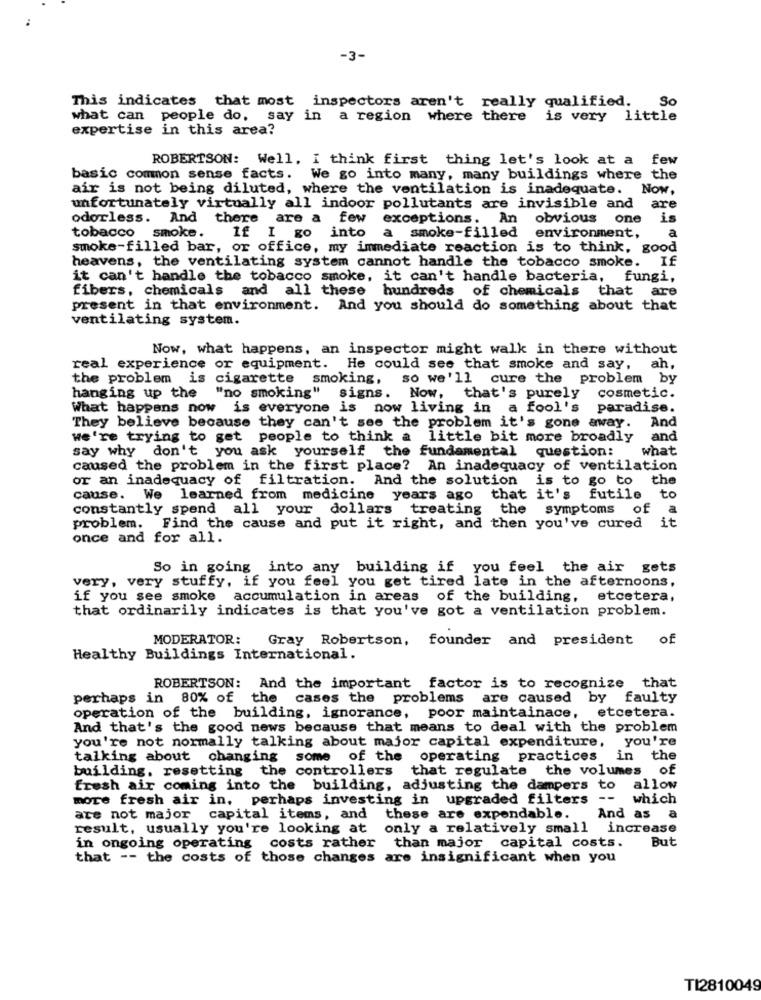
-3-
This indicates that most inspectors aren't really qualified.
So
what can people do, say in a region where there is very little
expertise in this area?
ROBERTSON: Well, I think first thing let's look at a few
basic common sense facts. We go into many, many buildings where the
air is not being diluted, where the ventilation is inadequate. Now,
unfortunately virtually all indoor pollutants are invisible and are
odorless. And there are a few exceptions. An obvious one is
tobacco smoke.
a
If I go into a smoke-filled environment,
smoke-filled bar, or office, my immediate reaction is to think, good
heavens, the ventilating system cannot handle the tobacco smoke. If
it can't handle the tobacco smoke, it can't handle bacteria, fungi,
fibers, chemicals and all these hundreds of chemicals that are
present in that environment. And you should do something about that
ventilating system.
Now, what happens, an inspector might walk in there without
real experience or equipment. He could see that smoke and say, ah,
the problem is cigarette smoking, so we'll cure the problem by
hanging up the "no smoking"
signs. Now, that's purely
cosmetic.
What happens now is everyone is now living in a fool's paradise.
They believe because they can't see the problem it's gone away. And
we're trying to get people to think a little bit more broadly and
say why don't you ask yourself the fundamental question:
what
caused the problem in the first place? An inadequacy of ventilation
or an inadequacy of filtration. And the solution is to go to the
cause. We learned from medicine years ago that it's
futile
to
constantly spend all your dollars treating the symptoms of
a
problem. Find the cause and put it right, and then you've cured it
once and for all.
So in going into any building if you feel the air gets
very, very stuffy, if you feel you get tired late in the afternoons,
if you see smoke accumulation in areas of the building, etcetera,
that ordinarily indicates is that you've got a ventilation problem.
MODERATOR: Gray Robertson, founder and president of
Healthy Buildings International.
ROBERTSON: And the important factor is to recognize that
perhaps in 80% of the cases the problems are caused by faulty
operation of the building, ignorance, poor maintainace, etcetera.
And that's the good news because that means to deal with the problem
you're not normally talking about major capital expenditure, you're
talking about changing some of the operating practices in the
building, resetting the controllers that regulate the volumes of
fresh air coming into the building, adjusting the dampers to allow
more fresh air in, perhaps investing in upgraded filters -- which
are not major capital items, and these are expendable. And as
a
result, usually you're looking at only a relatively small increase
But
in ongoing operating costs rather than major capital costs.
that -- the costs of those changes are insignificant when you
TI2810049